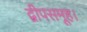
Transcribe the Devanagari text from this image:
द्वीपसमूह।